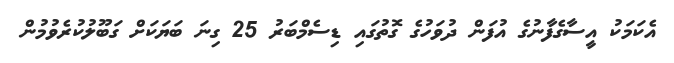
އެކަމަކު އީސާގެފާނުގެ އުފަން ދުވަހުގެ ގޮތުގައި ޑިސެމްބަރު 25 ގިނަ ބަޔަކަށް ގަބޫލުކުރެވުމުން